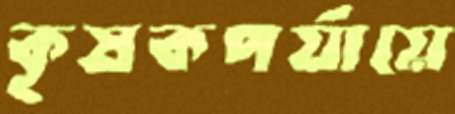
কৃষকপর্যায়ে